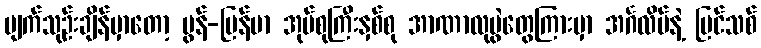
ပျက်သုဉ်းချိန်မှာတော့ မွန်-မြန်မာ အုပ်စုကြီးနှစ်စု အာဏာလုပွဲတွေကြားမှာ အင်္ဂလိပ်နဲ့ ပြင်သစ်